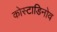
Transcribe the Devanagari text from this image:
कोस्टाडिनोव